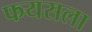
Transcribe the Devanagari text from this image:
फयसला